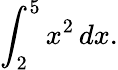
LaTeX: \int_{2}^{5}x^{2}\, dx.